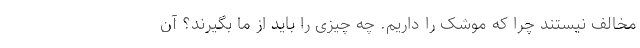
مخالف نیستند چرا که موشک را داریم. چه چیزی را باید از ما بگیرند؟ آن